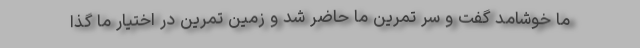
ما خوشامد گفت و سر تمرین ما حاضر شد و زمین تمرین در اختیار ما گذا